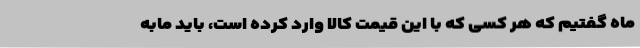
ماه گفتیم که هر کسی که با این قیمت کالا وارد کرده است، باید مابه